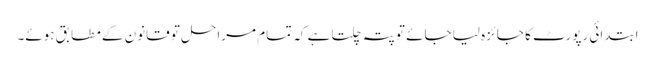
ابتدائی رپورٹ کا جائزہ لیا جائے تو پتہ چلتا ہے کہ تمام مراحل تو قانون کے مطابق ہوئے۔